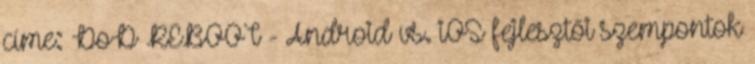
címe: DoD REBOOT - Android vs. iOS fejlesztői szempontok